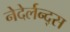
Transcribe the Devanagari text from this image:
नेदेर्लन्द्स